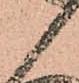
候